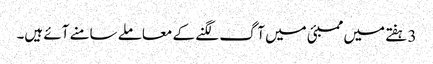
3 ہفتے میں ممبئی میں آگ لگنے کے معاملے سامنے آئے ہیں۔